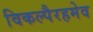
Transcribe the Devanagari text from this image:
विकल्पैरहमेव